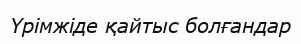
Үрімжіде қайтыс болғандар